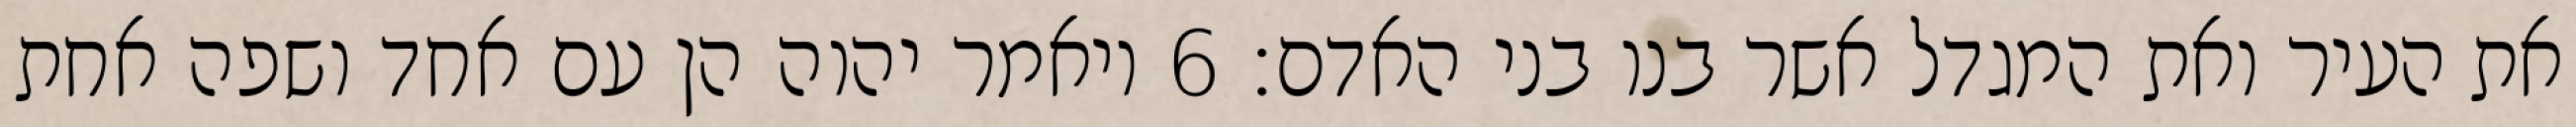
את העיר ואת המגדל אשר בנו בני האדם׃ ‎6‏ ויאמר יהוה הן עם אחד ושפה אחת